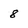
Character: 8